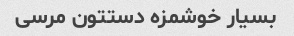
بسیار خوشمزه دستتون مرسی